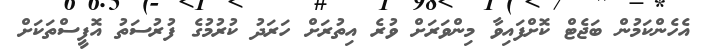
އެހެންކަމުން ބަޖެޓް ކޮށްފައިވާ މިންވަރަށް ވުރެ އިތުރަށް ހަރަދު ކުރުމުގެ ފުރުސަތު އޮފީސްތަކަށް